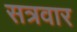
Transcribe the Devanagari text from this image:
सत्रवार